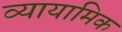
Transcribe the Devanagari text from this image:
व्यायामिक